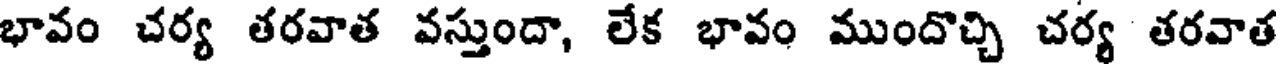
భావం చర్య తరవాత వస్తుందా, లేక భావం ముందొచ్చి చర్య తరవాత